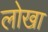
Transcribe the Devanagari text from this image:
लोखा